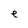
Character: e